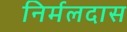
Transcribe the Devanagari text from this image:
निर्मलदास